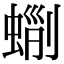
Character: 𧌵